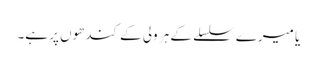
یا میرے سلسلے کے ہر ولی کے کندھوں پر ہے۔